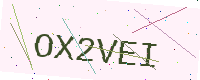
Text: OX2VEI